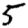
Digit: 5